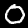
Digit: 0